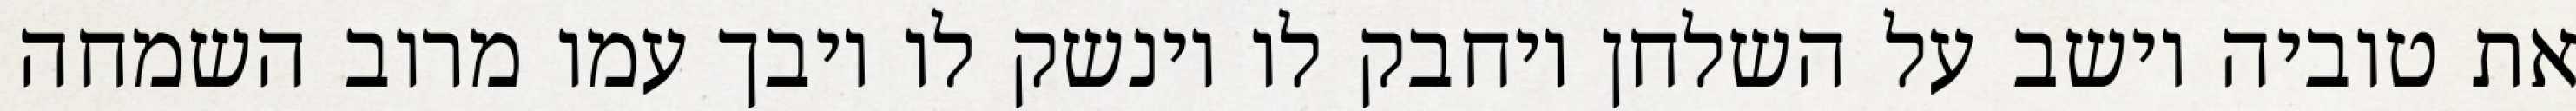
את טוביה יושב על השלחן ויחבק לו וינשק לו ויבך עמו מרוב השמחה